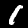
Label: 1